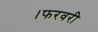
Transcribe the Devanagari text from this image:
।फरवरी